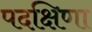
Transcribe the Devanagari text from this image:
पदक्षिणा